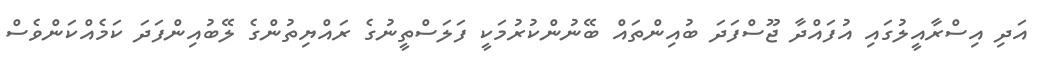
އަދި އިސްރާއީލުގައި އުފައްދާ ޖޫސްފަދަ ބުއިންތައް ބޭނުންކުރުމަކީ ފަލަސްތީނުގެ ރައްޔިތުންގެ ލޭބުއިންފަދަ ކަމެއްކަންވެސް